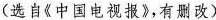
(选自《中国电视报》，有删改）